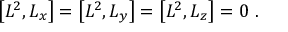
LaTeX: \left[ L ^ { 2 } , L _ { x } \right] = \left[ L ^ { 2 } , L _ { y } \right] = \left[ L ^ { 2 } , L _ { z } \right] = 0 ~ .